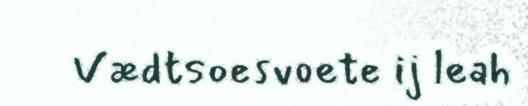
Vædtsoesvoete ij leah